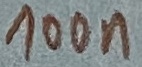
Text: 100n